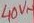
Text: 40V~